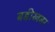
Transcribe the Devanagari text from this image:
बडीखबर